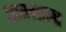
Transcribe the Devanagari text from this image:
वाग्माला